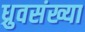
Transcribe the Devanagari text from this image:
ध्रुवसंख्या